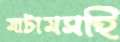
মাটামসহি